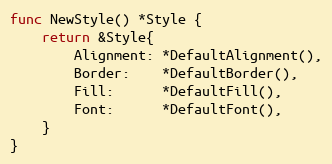
Language: Go
func NewStyle() *Style {
	return &Style{
		Alignment: *DefaultAlignment(),
		Border:    *DefaultBorder(),
		Fill:      *DefaultFill(),
		Font:      *DefaultFont(),
	}
}